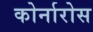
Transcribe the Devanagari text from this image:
कोर्नारोस